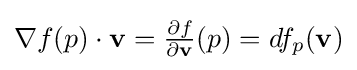
{\textstyle \nabla f(p)\cdot \mathbf {v} ={\frac {\partial f}{\partial \mathbf {v} }}(p)=df_{p}(\mathbf {v} )}